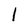
Character: l